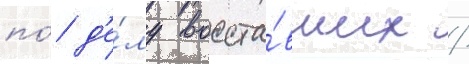
по́ д'е́лу восста́вших /